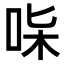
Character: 𠱟